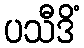
ပသီဒိံ